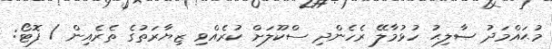
މުޙައްމަދު ޞާލިޙު ހުޅުމާލޭ ރެހެންދި ސްކޫލަށް ކުރެއްވި ޒިޔާރަތުގެ ތެރެއިން / ފޮޓޯ: